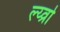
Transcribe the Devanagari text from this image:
ल्य्व्रो